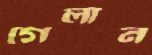
গেলান